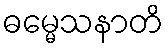
ဓမ္မေသနာတိ